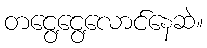
တငွေ့ငွေ့လောင်နေဆဲ။